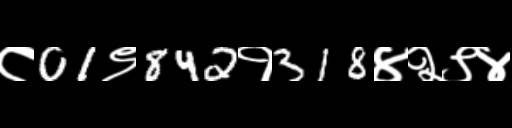
Text: ८01९842१318४२९४